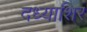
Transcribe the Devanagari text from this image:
दध्याशिर